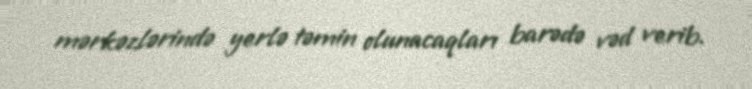
mərkəzlərində yerlə təmin olunacaqları barədə vəd verib.